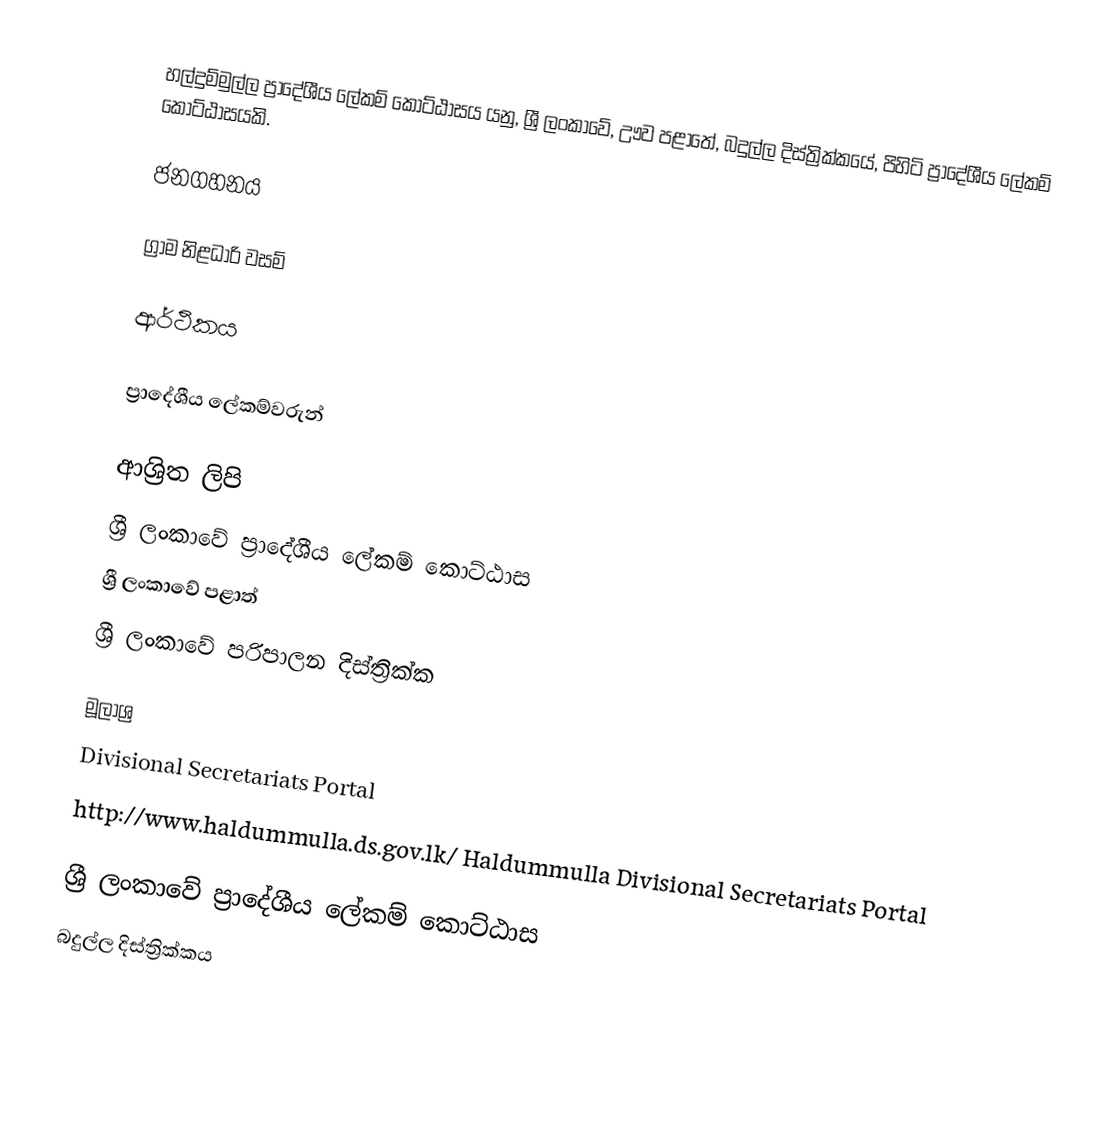
හල්දුම්මුල්ල ප්‍රාදේශීය ලේකම් කොට්ඨාසය යනු,  ශ්‍රී ලංකාවේ, ඌව පළාතේ,   බදුල්ල දිස්ත්‍රික්කයේ, පිහිටි ප්‍රාදේශීය ලේකම් කොට්ඨාසයකි.

ජනගහනය

ග්‍රාම නිළධාරි වසම්

ආර්ථිකය

ප්‍රාදේශීය ලේකම්වරුන්

ආශ්‍රිත ලිපි
ශ්‍රී ලංකාවේ ප්‍රාදේශීය ලේකම් කොට්ඨාස
ශ්‍රී ලංකාවේ පළාත්
ශ්‍රී ලංකාවේ පරිපාලන දිස්ත්‍රික්ක

මූලාශ්‍ර
 Divisional Secretariats Portal
http://www.haldummulla.ds.gov.lk/ Haldummulla Divisional Secretariats Portal

ශ්‍රී ලංකාවේ ප්‍රාදේශීය ලේකම් කොට්ඨාස
බදුල්ල දිස්ත්‍රික්කය